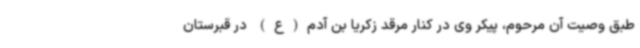
طبق وصیت آن مرحوم، پیکر وی در کنار مرقد زکریا بن آدم(ع) در قبرستان